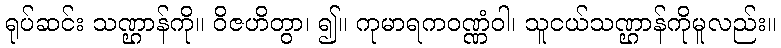
ရုပ်ဆင်း သဏ္ဌာန်ကို။ ဝိဇဟိတွာ၊ ၍။ ကုမာရကဝဏ္ဏံဝါ၊ သူငယ်သဏ္ဌာန်ကိုမူလည်း။